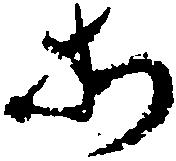
所